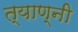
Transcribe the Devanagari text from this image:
त्याण्नी